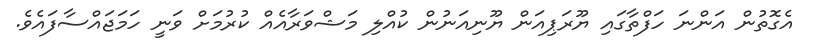
އެގޮތުން އަންނަ ހަފްތާގައި ޔޫރަޕިއަން ޔޫނިއަނުން ކުއްލި މަޝްވަރާއެއް ކުރުމަށް ވަނީ ހަމަޖައްސާފައެވެ.